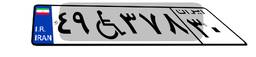
۵۸W۴۵۴۰۳